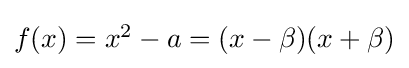
{\textstyle f(x)=x^{2}-a=(x-\beta )(x+\beta )}